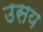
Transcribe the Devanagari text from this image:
उसय